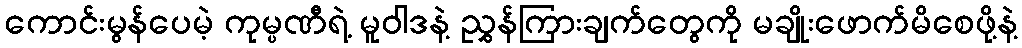
ကောင်းမွန်ပေမဲ့ ကုမ္ပဏီရဲ့ မူဝါဒနဲ့ ညွှန်ကြားချက်တွေကို မချိုးဖောက်မိစေဖို့နဲ့